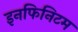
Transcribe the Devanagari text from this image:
इनफिनिटम